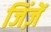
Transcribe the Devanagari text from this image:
जिंज़ें